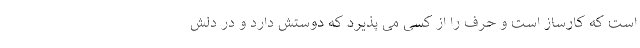
است که کارساز است و حرف را از کسی می پذیرد که دوستش دارد و در دلش